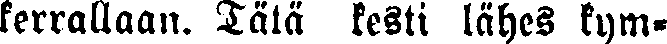
kerrallaan. Tätä kesti lähes kym-